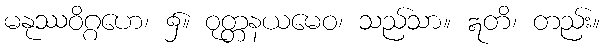
မနုဿဝိဂ္ဂဟေ၊ ၌။ ဝုတ္တနယမေဝ၊ သည်သာ။ ဣတိ၊ တည်း။